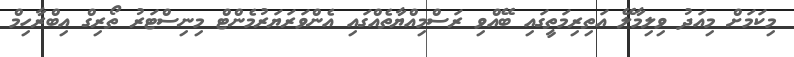
މިކަމަށް މިއަދު ވިލިމާލޭ އަތިރިމަތީގައި ބޭއްވި ރަސްމިއްޔާތެއްގައި އެންވަރަޔަރުމެންޓް މިނިސްޓަރު ތޯރިގް އިބްރާހިމް